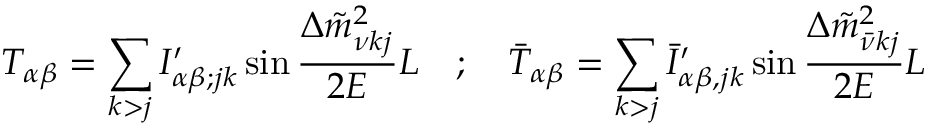
T _ { \alpha \beta } = \sum _ { k > j } I _ { \alpha \beta ; j k } ^ { \prime } \sin \frac { \Delta \tilde { m } _ { \nu k j } ^ { 2 } } { 2 E } L \quad ; \quad \bar { T } _ { \alpha \beta } = \sum _ { k > j } \bar { I } _ { \alpha \beta , j k } ^ { \prime } \sin \frac { \Delta \tilde { m } _ { \bar { \nu } k j } ^ { 2 } } { 2 E } L